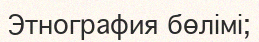
Этнография бөлімі;